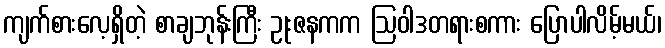
ကျက်စားလေ့ရှိတဲ့ စာချဘုန်းကြီး ဥုးဇနကက ဩဝါဒတရားစကား ပြောပါလိမ့်မယ်၊